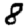
Digit: 8